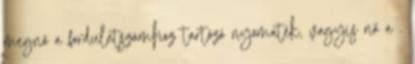
megnő a fordulatszámhoz tartózó nyomaték, vagyis nő a .